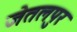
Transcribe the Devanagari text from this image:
जेतलपुर